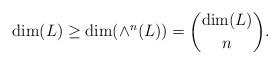
LaTeX: \begin{align*}\dim(L) \geq \dim(\wedge^n(L)) = {\dim (L) \choose n}.\end{align*}